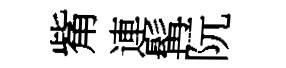
觜連髯阮